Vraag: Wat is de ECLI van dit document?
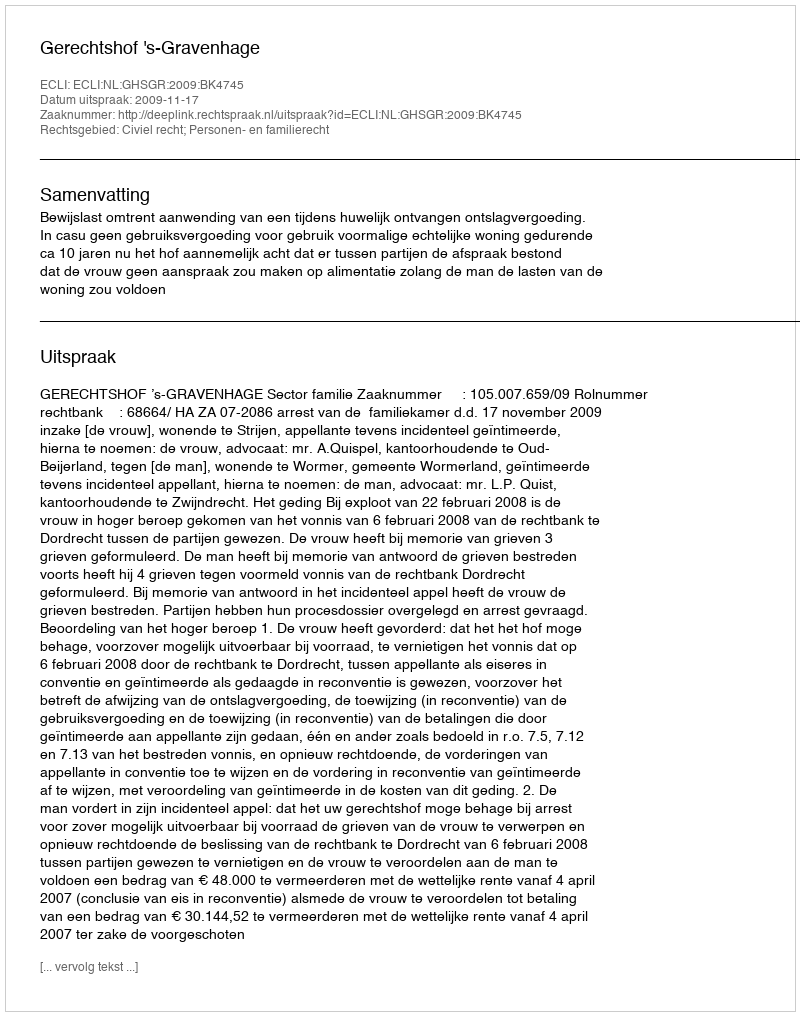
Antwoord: ECLI:NL:GHSGR:2009:BK4745